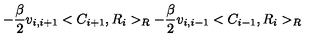
- \frac { \beta } { 2 } v _ { i , i + 1 } < C _ { i + 1 } , R _ { i } > _ { R } - \frac { \beta } { 2 } v _ { i , i - 1 } < C _ { i - 1 } , R _ { i } > _ { R }